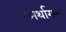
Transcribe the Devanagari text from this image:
अर्थागम